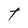
Character: T